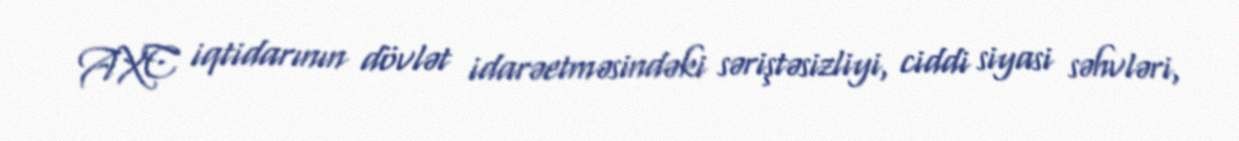
AXC iqtidarının dövlət idarəetməsindəki səriştəsizliyi, ciddi siyasi səhvləri,